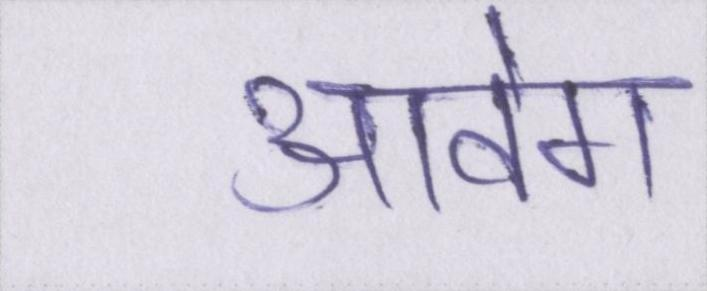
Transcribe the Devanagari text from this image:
आवेग